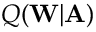
Q ( \mathbf { W } | \mathbf { A } )